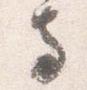
寺